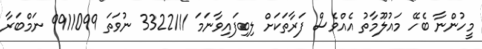
މީހުންނާ ބެހޭ މައުލޫމާތު އެއްވެސް ފަރާތަކަށް ލިބިފައިވާނަމަ 3322111 ނުވަތަ 9911099 ނަމްބަރާ